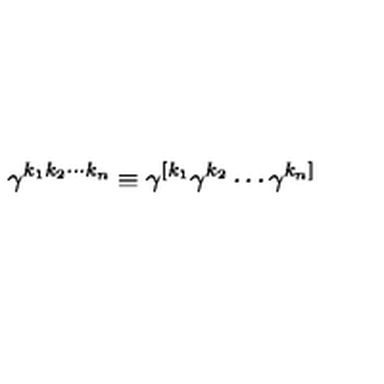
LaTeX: \gamma ^ { k _ { 1 } k _ { 2 } \cdots k _ { n } } \equiv \gamma ^ { [ k _ { 1 } } \gamma ^ { k _ { 2 } } \cdots \gamma ^ { k _ { n } ] }